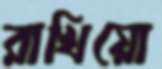
রাখিয়ো